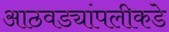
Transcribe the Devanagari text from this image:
आठवड्यांपलीकडे